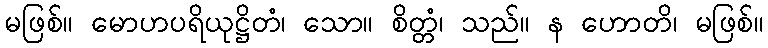
မဖြစ်။ မောဟပရိယုဋ္ဌိတံ၊ သော။ စိတ္တံ၊ သည်။ န ဟောတိ၊ မဖြစ်။